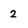
Character: 2